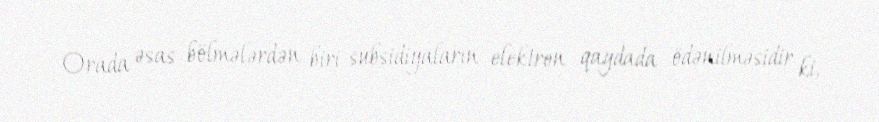
Orada əsas bölmələrdən biri subsidiyaların elektron qaydada ödənilməsidir ki,